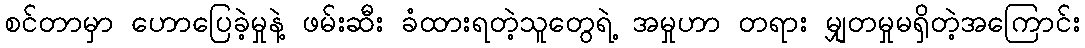
စင်တာမှာ ဟောပြေခဲ့မှုနဲ့ ဖမ်းဆီး ခံထားရတဲ့သူတွေရဲ့ အမှုဟာ တရား မျှတမှုမရှိတဲ့အကြောင်း